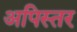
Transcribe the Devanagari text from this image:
अपिस्तर